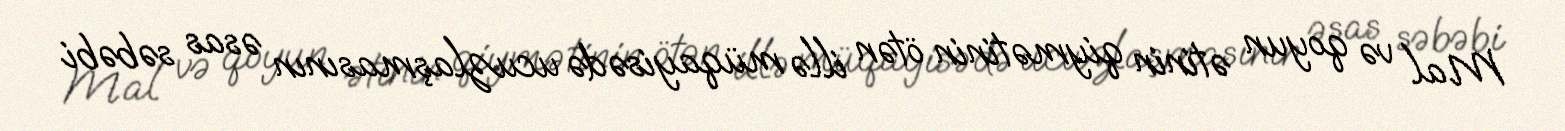
Mal və qoyun ətinin qiymətinin ötən illə müqayisədə ucuzlaşmasının əsas səbəbi